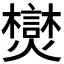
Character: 𪺂